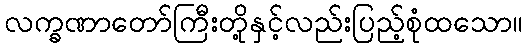
လက္ခဏာတော်ကြီးတို့နှင့်လည်းပြည့်စုံထသော။